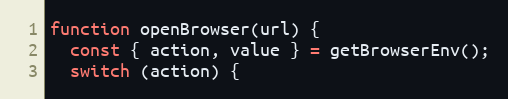
Language: JavaScript
function openBrowser(url) {
  const { action, value } = getBrowserEnv();
  switch (action) {